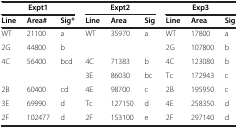
<table><thead><tr><td colspan="3"><b>Expt1</b></td><td colspan="3"><b>Expt2</b></td><td colspan="3"><b>Exp3</b></td></tr><tr><td><b>Line</b></td><td><b>Area#</b></td><td><b>Sig*</b></td><td><b>Line</b></td><td><b>Area</b></td><td><b>Sig</b></td><td><b>Line</b></td><td><b>Area</b></td><td><b>Sig</b></td></tr></thead><tbody><tr><td>WT</td><td>21100</td><td>a</td><td>WT</td><td>35970</td><td>a</td><td>WT</td><td>17800</td><td>a</td></tr><tr><td>2G</td><td>44800</td><td>b</td><td> </td><td> </td><td> </td><td>2G</td><td>107800</td><td>b</td></tr><tr><td>4C</td><td>56400</td><td>bcd</td><td>4C</td><td>71383</td><td>b</td><td>4C</td><td>123080</td><td>b</td></tr><tr><td> </td><td> </td><td> </td><td>3E</td><td>86030</td><td>bc</td><td>Tc</td><td>172943</td><td>c</td></tr><tr><td>2B</td><td>60400</td><td>cd</td><td>4E</td><td>98700</td><td>c</td><td>2B</td><td>195950</td><td>c</td></tr><tr><td>3E</td><td>69990</td><td>d</td><td>Tc</td><td>127150</td><td>d</td><td>4E</td><td>258350</td><td>d</td></tr><tr><td>2F</td><td>102477</td><td>d</td><td>2F</td><td>153100</td><td>e</td><td>2F</td><td>297140</td><td>d</td></tr></tbody></table>